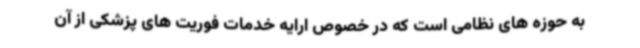
به حوزه های نظامی است که در خصوص ارایه خدمات فوریت های پزشکی از آن